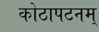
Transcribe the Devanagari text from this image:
कोठापटनम्